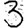
Digit: 3